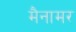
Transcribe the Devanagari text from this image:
मैनामर